Calcutta medical institutions reports 1871-78
Year: 1871
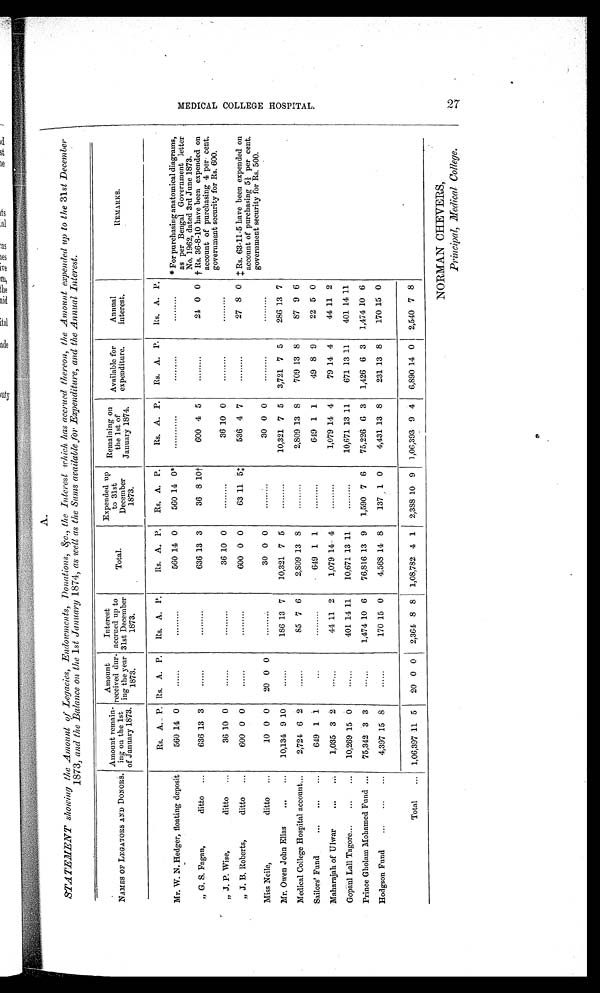
A.
STATEMENT showing the Amount of Legacies, Endowments, Donations, &c., the Interest which has accrued thereon, the Amount expended up to the 31st December
1873, and the Balance on the 1st January 1874, as well as the Sums available for Expenditure, and the Annual Interest.
N A M E S O F L E G A T O R S A N D D O N O R S .
Amount remain-
in on the 1st
of January 1873.
Amount
received dur-
i n g t h e y e a r
1873..
Interest
accrued up to
31st December
1873.
Total.
Expended up
to 31st
December
1873.
Remaini ng on
the 1st of
January 1874.
Available for
expenditure.
Annual
interest.
REMARKS.
Rs. A. P. Rs. A. P.
Rs. A. P.
Rs. A. P.
Rs. A. P.
Rs. A. P.
Rs. A. P.
Rs. A. P.
Mr. W. N. Hedger, floating deposit
560 14 0 .........
.........
560 14 0
560 14 0* ......
.........
.........
* For purchasing anatomical diagrams,
as per Bengal Government letter
No. 1962, dated 3rd June 1873.
„ G. S. Fagan,
ditto
636 13 3
.........
.........
636 13 3
36 8 10†
600 4 5
.........
24 0 0 † Rs. 36-8-10 have been expended on
account of purchasing 4 per cent.
government security for Rs. 600.
„ J. P. Wise,
ditto
36 10 0
.........
.........
36 10 0
.........
36 10 0
.........
.........
„ J. B. Roberts,
ditto
600 0 0 .........
.........
600 0 0
63 11 5‡
536 4 7 .........
27 8 0 ‡ Rs. 63-11-5 have been expended on
account of purchasing 5 1/2 per cent.
government security for Rs. 500.
Miss Neile,
ditto
10 0 0
20 0 0
.........
30 0 0
.........
30 0 0
.........
.........
Mr. Owen John Elias
10,134 9 10
.........
186 13 7
10,321 7 5 .........
10,321 7 5
3,721 7 5
286 13 7
Medical College Hospital account
2,724 6 2
.........
85 7 6
2,809 13 8 .........
2,809 13 8
709 13 8
87 9 6
Sailors' Fund
649 1 1
.........
.........
649 1 1 .........
649 1 1
49 8 9
22 5 0
Maharajah of Ulwar
1,035 3 2
.........
44 11 2
1,079 14 4 .........
1,079 14 4
79 14 4
44 11 2
Gopaul Lall Tagore
10,269 15 0
.........
401 14 11
10,671 13 11 .........
10,671 13 11
671 13 11
401 14 11
Prince Gholam Mohamed Fund
75,342 3 3
.........
1,474 10 6
76,816 13 9
1,590 7 6
75,226 6 3
1,426 6 3
1,474 10 6
Hodgson Fund
4,397 15
8
.........
170 15 0
4,568 14 8
137 1 0
4,431 13 8
231 13 8
170 15 0
Total
1,06,397 11 5
20 0 0
2,364 8 8 1,08,782 4 1 2,388 10 9 1,06,393 9 4
6,890 14 0 2,540 7 8
NORMAN CHEVERS,
Principal, Medical College.
m E M E D I C A L C O L L E G E H O S P I T A L 2 7